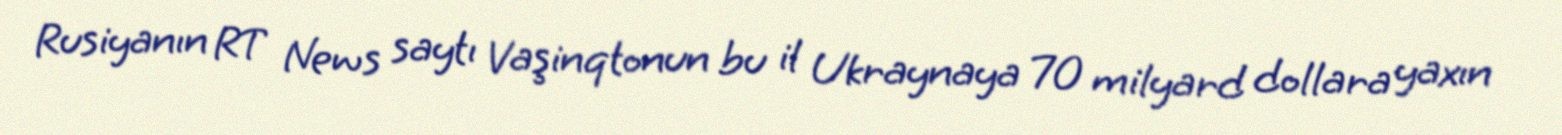
Rusiyanın RT News saytı Vaşinqtonun bu il Ukraynaya 70 milyard dollara yaxın